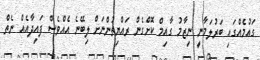
ގައުމެއްގައި ބަރުލަމާނީ ނިޒާމު ގާއިމް ކޮށްގެން ރައްޔިތުންނަށް ލިބޭނެ އެއްވެސް ފައިދާއެއް ނެތް